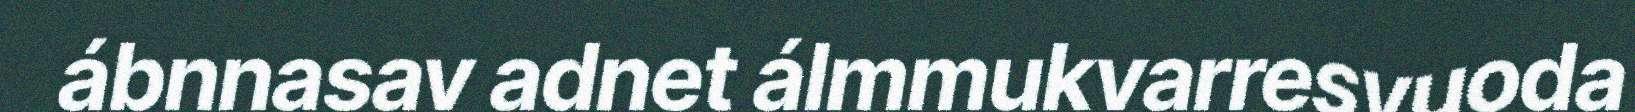
ábnnasav adnet álmmukvarresvuoda